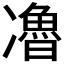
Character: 𰄏